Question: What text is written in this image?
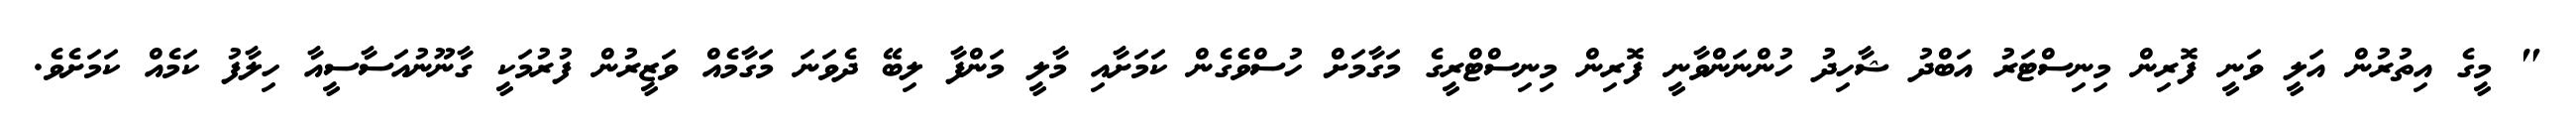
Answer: " މީގެ އިތުރުން އަލީ ވަނީ ފޮރިން މިނިސްޓަރު އަބްދު ޝާހިދު ހުންނަންވާނީ ފޮރިން މިނިސްޓްރީގެ މަގާމަށް ހުސްވެގެން ކަމަށާއި މާލީ މަންފާ ލިބޭ ދެވަނަ މަގާމެއް ވަޒީރުން ފުރުމަކީ ގާނޫނުއަސާސީއާ ހިލާފު ކަމެއް ކަމަށެވެ.